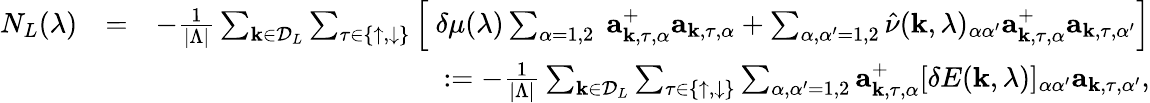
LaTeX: \begin{array}{rlr}{N_{L}(\lambda)}&{=}&{-\frac{1}{|\Lambda|}\sum_{{\mathbf k}\in{\cal D}_{L}}\sum_{\tau\in\{ \uparrow,\downarrow\} }\Big[\ \delta\mu(\lambda)\sum_{\alpha=1,2}\ {\mathbf a}_{{\mathbf k},\tau,\alpha}^{+}{\mathbf a}_{{\mathbf k},\tau,\alpha}+\sum_{\alpha,\alpha^{\prime}=1,2}\hat{\nu}({\mathbf k},\lambda)_{\alpha\alpha^{\prime}}{\mathbf a}_{{\mathbf k},\tau,\alpha}^{+}{\mathbf a}_{{\mathbf k},\tau,\alpha^{\prime}}\Big]}\\ &{}&{:=-\frac{1}{|\Lambda|}\sum_{{\mathbf k}\in{\cal D}_{L}}\sum_{\tau\in\{ \uparrow,\downarrow\} }\sum_{\alpha,\alpha^{\prime}=1,2}{\mathbf a}_{{\mathbf k},\tau,\alpha}^{+}[\delta E({\mathbf k},\lambda)]_{\alpha\alpha^{\prime}}{\mathbf a}_{{\mathbf k},\tau,\alpha^{\prime}},}\end{array}